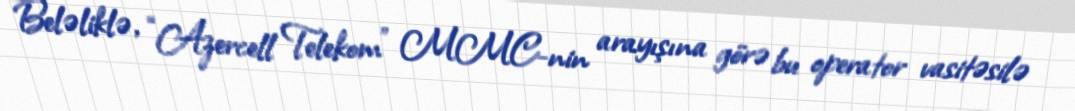
Beləliklə, “Azercell Telekom” MMC-nin arayışına görə bu operator vasitəsilə